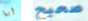
أيها صحيح